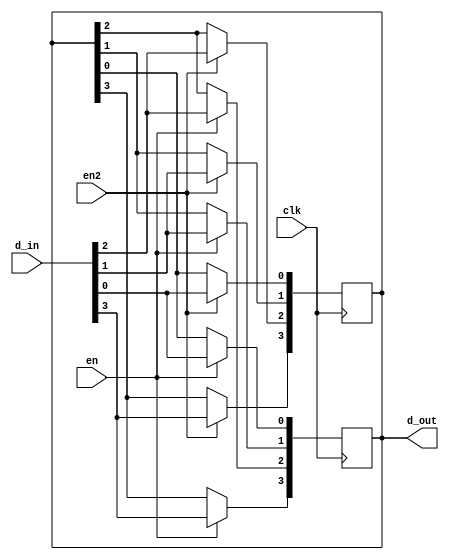
`timescale 1ns / 1ps
module test_4bits_2reg(
input [3:0] d_in, // Data input
input clk, // clock input
input en,
input en2,
output reg [3:0] d_out // output Q
);
integer i;
always @(posedge clk)
begin
if(en)

for (i=0; i<4; i=i+1)
	d_out[i]<= d_in[i];


end

always@(posedge clk)
begin
if(en2)
for (i=0; i<4; i=i+1)
	d_out[i]<= d_in[i];

end

endmodule